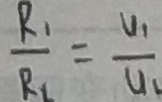
\frac { p _ { 1 } } { R _ { 1 } } = \frac { U _ { 1 } } { u _ { 1 } }